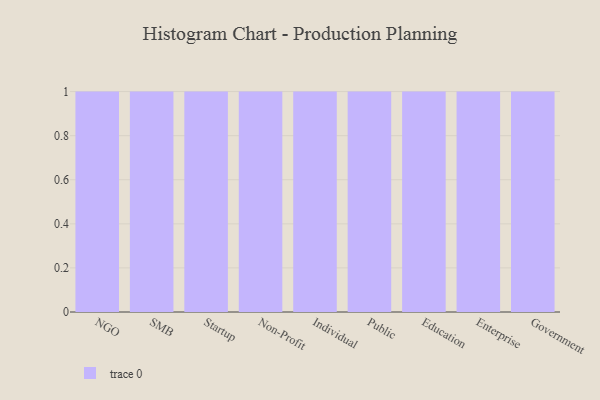
{"axis": {"x": "Segment", "y": "Satisfaction Score"}, "legend": [""], "data": [{"x": "NGO", "y": 94, "type": ""}, {"x": "SMB", "y": 34, "type": ""}, {"x": "Startup", "y": 63, "type": ""}, {"x": "Non-Profit", "y": 3, "type": ""}, {"x": "Individual", "y": 72, "type": ""}, {"x": "Public", "y": 38, "type": ""}, {"x": "Education", "y": 69, "type": ""}, {"x": "Enterprise", "y": 7, "type": ""}, {"x": "Government", "y": 62, "type": ""}]}